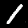
Digit: 1